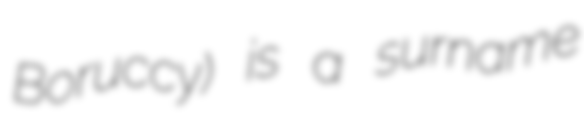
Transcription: Boruccy) is a surname